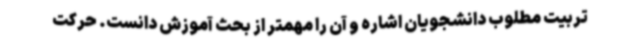
تربیت مطلوب دانشجویان اشاره و آن را مهمتر از بحث آموزش دانست. حرکت